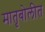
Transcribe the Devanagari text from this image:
मातृबोलीत